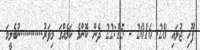
ފޫހި ޖުލައި 28